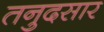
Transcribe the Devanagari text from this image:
तनुदसार